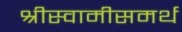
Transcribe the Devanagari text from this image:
श्रीस्वामीसमर्थ